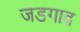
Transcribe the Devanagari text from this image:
जडगाव